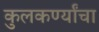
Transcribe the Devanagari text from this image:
कुलकर्ण्यांचा